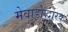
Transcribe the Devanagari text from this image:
मेवाड़ोद्धारक